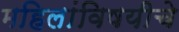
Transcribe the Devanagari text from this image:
महिलांविषयीचे